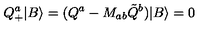
Q _ { + } ^ { a } | B \rangle = ( Q ^ { a } - M _ { a b } \tilde { Q } ^ { b } ) | B \rangle = 0